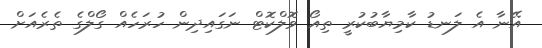
އޭނާ އެ ލަނޑު ކާމިޔާބުކުރީ ތިއޯ ވޮލްކޮޓް ނަގައިދިން ހުރަހެއް ގޯލްގެ ތެރެއަށް